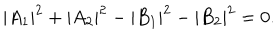
\quad | A _ { 1 } | ^ { 2 } + | A _ { 2 } | ^ { 2 } - | B _ { 1 } | ^ { 2 } - | B _ { 2 } | ^ { 2 } = 0 .